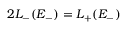
2 L _ { - } ( E _ { - } ) = L _ { + } ( E _ { - } )